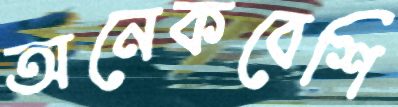
অনেকবেশি